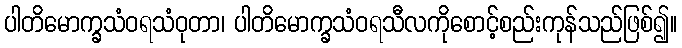
ပါတိမောက္ခသံဝရသံဝုတာ၊ ပါတိမောက္ခသံဝရသီလကိုစောင့်စည်းကုန်သည်ဖြစ်၍။